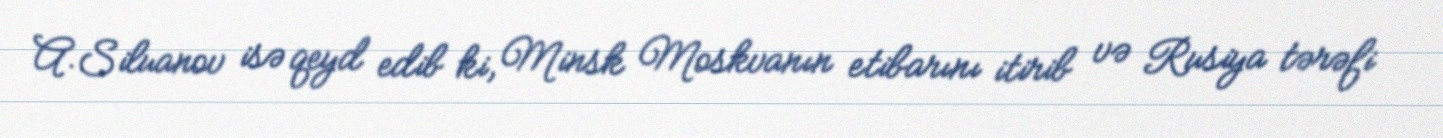
A.Siluanov isə qeyd edib ki, Minsk Moskvanın etibarını itirib və Rusiya tərəfi